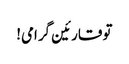
تو قارئین گرامی!